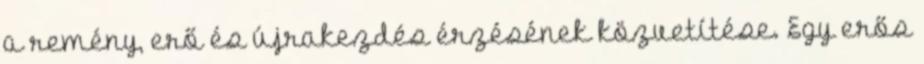
a remény, erő és újrakezdés érzésének közvetítése. Egy erős